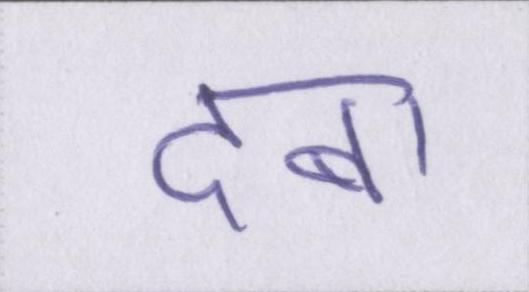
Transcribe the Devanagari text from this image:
दबा